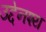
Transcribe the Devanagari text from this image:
उद्देनश्‍य